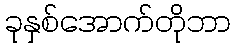
ခုနှစ်အောက်တိုဘာ